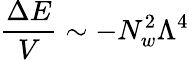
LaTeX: \frac{\Delta E}{V}\sim-N_{w}^{2}\Lambda^{4}